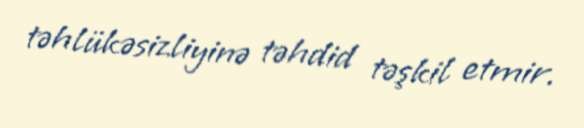
təhlükəsizliyinə təhdid təşkil etmir.